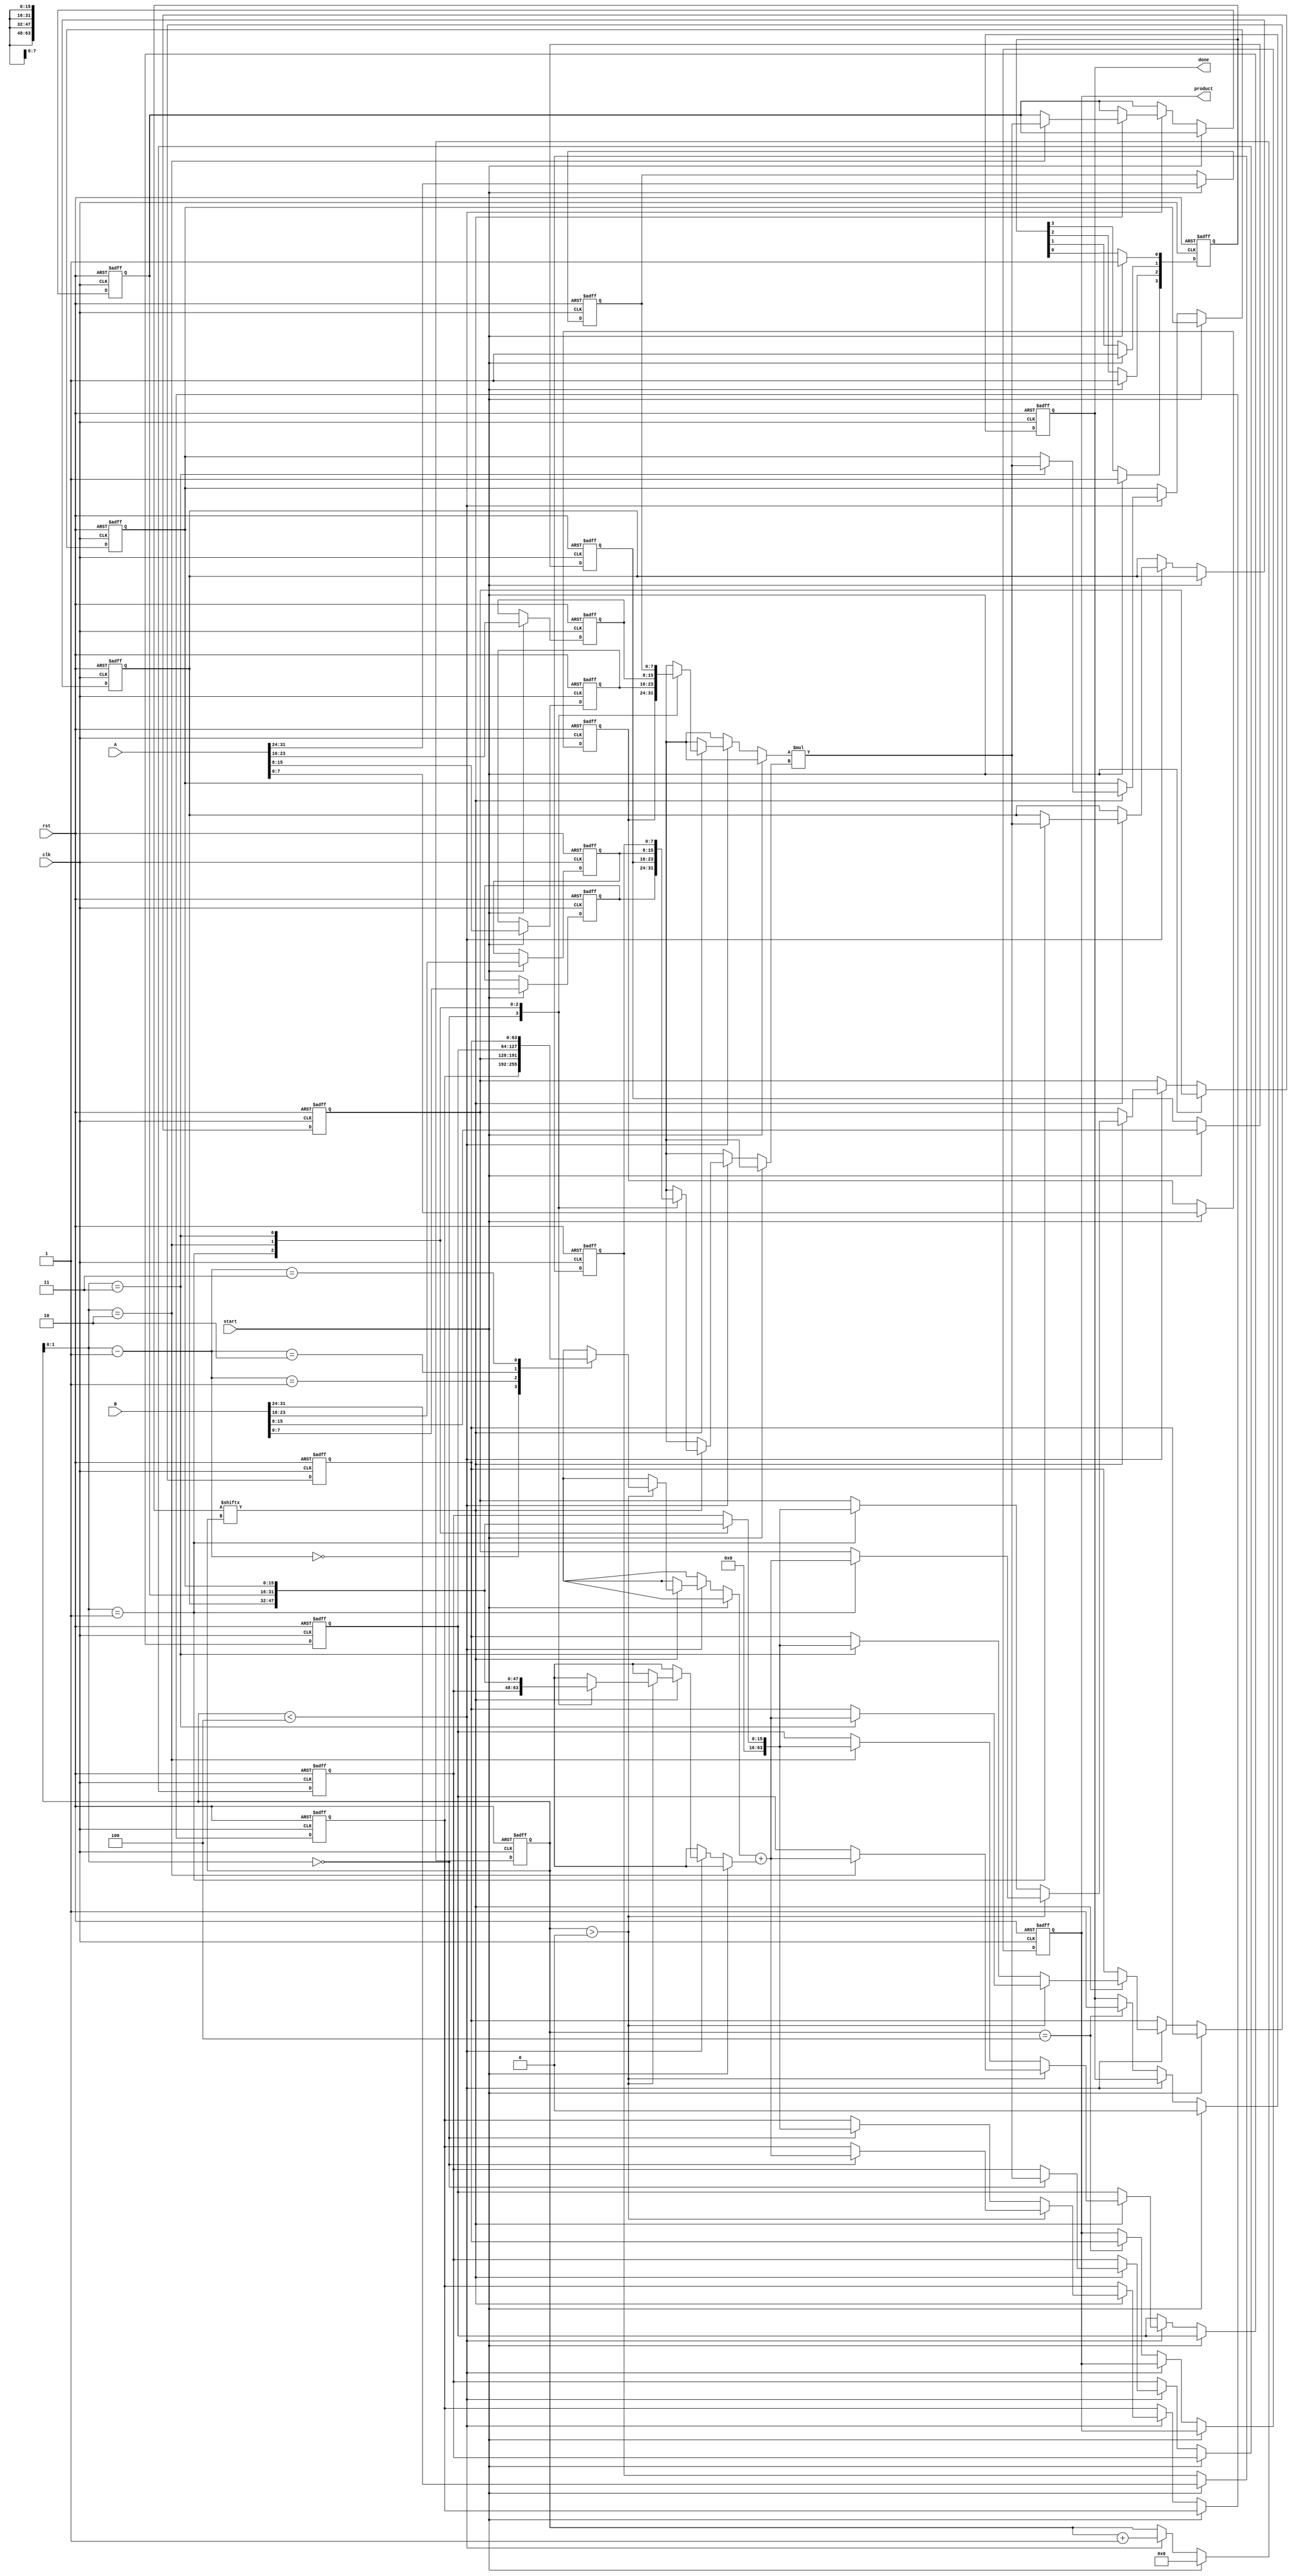
module pipelined_sliced_multiplier #(
    parameter N = 32, // Width of input operands
    parameter M = 8   // Width of each slice
)(
    input wire clk,
    input wire rst,
    input wire [N-1:0] A,
    input wire [N-1:0] B,
    input wire start,
    output reg [2*N-1:0] product,
    output reg done
);

    localparam S = N / M; // Number of slices
    reg [M-1:0] A_slices [0:S-1];
    reg [M-1:0] B_slices [0:S-1];
    reg [2*M-1:0] partial_products [0:S-1];
    reg [2*N-1:0] accumulated [0:S-1];

    reg [3:0] stage; // Stage counter
    reg [S-1:0] valid_slices; // Tracks which slices are valid

    // Slice the inputs into smaller segments
    integer i;
    always @(posedge clk or posedge rst) begin
        if (rst) begin
            for (i = 0; i < S; i = i + 1) begin
                A_slices[i] <= 0;
                B_slices[i] <= 0;
                partial_products[i] <= 0;
                accumulated[i] <= 0;
            end
            stage <= 0;
            product <= 0;
            done <= 0;
            valid_slices <= 0;
        end else if (start) begin
            for (i = 0; i < S; i = i + 1) begin
                A_slices[i] <= A[(i*M)+:M]; // Slice A
                B_slices[i] <= B[(i*M)+:M]; // Slice B
                valid_slices[i] <= 1; // Mark slice as valid
            end
            stage <= 0; // Reset stage on start
            done <= 0;
        end else if (stage < S) begin
            // Generate partial products for the current stage
            if (valid_slices[stage]) begin
                partial_products[stage] <= A_slices[stage] * B_slices[stage];
                if (stage > 0) begin
                    accumulated[stage] <= accumulated[stage-1] + partial_products[stage];
                end else begin
                    accumulated[stage] <= partial_products[stage];
                end
            end
            stage <= stage + 1;
        end else if (stage == S) begin
            // Final stage: Output the product
            product <= accumulated[S-1];
            done <= 1; // Signal that multiplication is done
        end
    end

endmodule